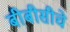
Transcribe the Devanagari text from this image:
बीबीसीचे